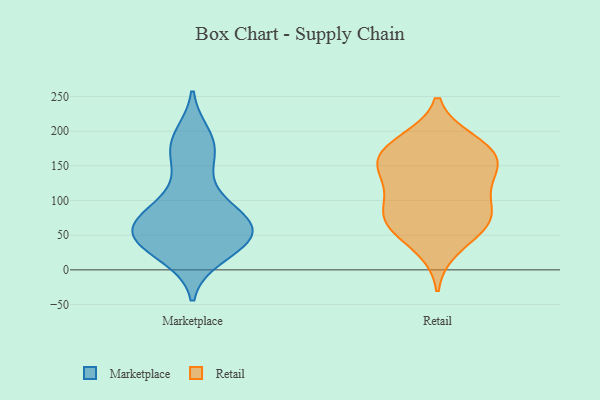
{"axis": {"x": "Tickets Resolved", "y": "Value"}, "legend": ["Marketplace", "Retail"], "data": [{"x": "", "y": 58, "type": "Marketplace"}, {"x": "", "y": 193, "type": "Marketplace"}, {"x": "", "y": 56, "type": "Marketplace"}, {"x": "", "y": 59, "type": "Marketplace"}, {"x": "", "y": 59, "type": "Marketplace"}, {"x": "", "y": 99, "type": "Marketplace"}, {"x": "", "y": 47, "type": "Marketplace"}, {"x": "", "y": 81, "type": "Marketplace"}, {"x": "", "y": 26, "type": "Marketplace"}, {"x": "", "y": 180, "type": "Marketplace"}, {"x": "", "y": 55, "type": "Marketplace"}, {"x": "", "y": 145, "type": "Marketplace"}, {"x": "", "y": 39, "type": "Marketplace"}, {"x": "", "y": 90, "type": "Marketplace"}, {"x": "", "y": 20, "type": "Marketplace"}, {"x": "", "y": 175, "type": "Marketplace"}, {"x": "", "y": 80, "type": "Retail"}, {"x": "", "y": 186, "type": "Retail"}, {"x": "", "y": 70, "type": "Retail"}, {"x": "", "y": 82, "type": "Retail"}, {"x": "", "y": 147, "type": "Retail"}, {"x": "", "y": 183, "type": "Retail"}, {"x": "", "y": 120, "type": "Retail"}, {"x": "", "y": 110, "type": "Retail"}, {"x": "", "y": 148, "type": "Retail"}, {"x": "", "y": 165, "type": "Retail"}, {"x": "", "y": 170, "type": "Retail"}, {"x": "", "y": 61, "type": "Retail"}, {"x": "", "y": 69, "type": "Retail"}, {"x": "", "y": 149, "type": "Retail"}, {"x": "", "y": 31, "type": "Retail"}]}